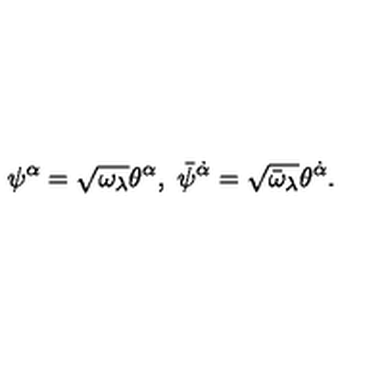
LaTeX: \psi ^ { \alpha } = \sqrt { \omega _ { \lambda } } \theta ^ { \alpha } , \ \bar { \psi } ^ { \dot { \alpha } } = \sqrt { \bar { \omega } _ { \lambda } } \theta ^ { \dot { \alpha } } .